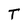
Character: T